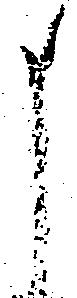
申